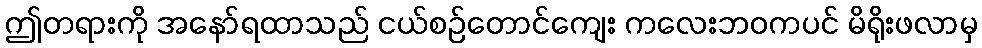
ဤတရားကို အနော်ရထာသည် ငယ်စဉ်တောင်ကျေး ကလေးဘဝကပင် မိရိုးဖလာမှ